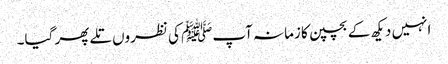
انہیں دیکھ کے بچپن کا زمانہ آپﷺ کی نظروں تلے پھر گیا۔